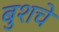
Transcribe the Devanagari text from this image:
बुशचे